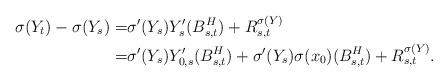
LaTeX: \begin{align*} \sigma(Y_t) - \sigma(Y_s) = & \sigma'(Y_s)Y_s'(B^H_{s,t}) + R^{\sigma(Y)}_{s,t} \\ = & \sigma'(Y_s)Y_{0,s}'(B^H_{s,t}) + \sigma'(Y_s)\sigma(x_0)(B^H_{s,t}) + R^{\sigma(Y)}_{s,t}.\end{align*}